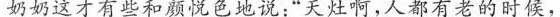
奶奶这才有些和颜悦色地说:“天灶啊，人都有老的时候，